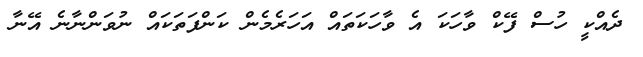
ދެއްކީ ހުސް ފޭކް ވާހަކަ އެ ވާހަކަތައް އަހަރެމެން ކަންފަތަކައް ނުވަންނާނެ އޭނާ